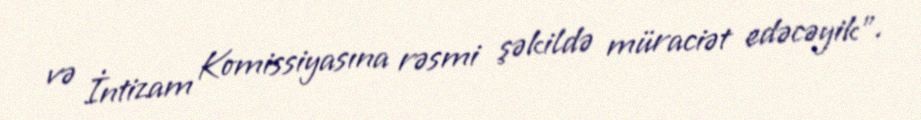
və İntizam Komissiyasına rəsmi şəkildə müraciət edəcəyik”.